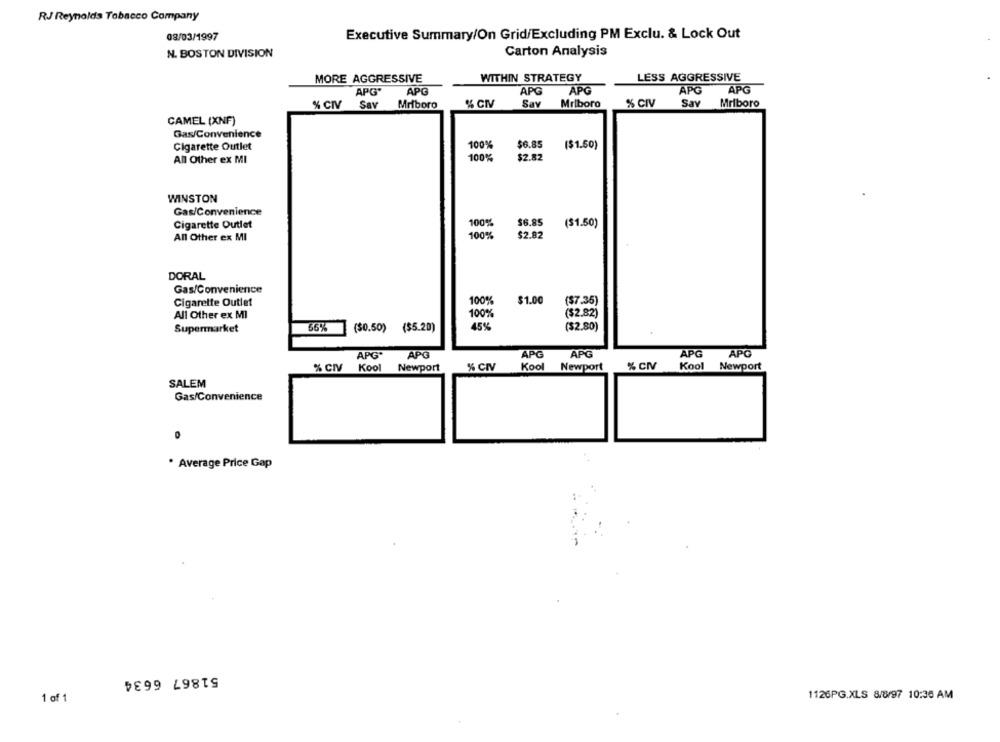
RJ Reynolds Tobacco Company
08/03/1997
Executive Summary/On Grid/Excluding PM Exclu. & Lock Out
Carton Analysis
N. BOSTON DIVISION
MORE AGGRESSIVE
WITHIN STRATEGY
LESS AGGRESSIVE
APG
APG
APG
APG
APG'
APG
Say
% CIV
Sav
Mriboro
% CIV
Say
Mriboro
% CIV
Mriboro
CAMEL (XNF)
Gas/Convenience
Cigarette Outlet
100%
$6.85
($1.50)
All Other ex MI
100%
$2.82
WINSTON
Gas/Convenience
$6.85
($1.50)
Cigarette Outlet
100%
All Other ex MI
100%
$2.82
DORAL
Gas/Convenience
Cigarette Outlet
100%
$1.00
($7.35)
All Other ex MI
100%
($2.82)
66%
45%
($2.80)
Supermarket
($0.50) ($5.20)
APG*
APG
APG
APG
APG
APG
% CIV
Kool
Newport
% CIV
Kool
Newport
% CIV
Kool
Newport
SALEM
Gas/Convenience
* Average Price Gap
51867 6634
1 of 1
1126PG.XLS 8/8/97 10:36 AM